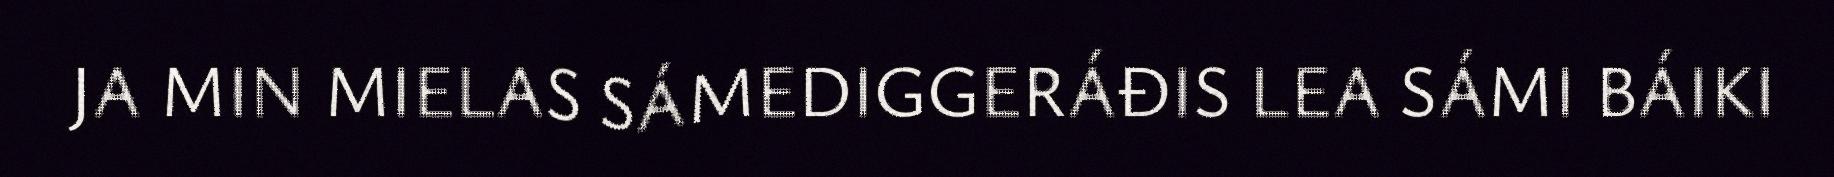
JA MIN MIELAS SÁMEDIGGERÁĐIS LEA SÁMI BÁIKI